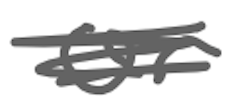
Text: or
Cross-out: scratch
Writing tool: digital_gray